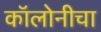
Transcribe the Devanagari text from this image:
कॉलोनीचा